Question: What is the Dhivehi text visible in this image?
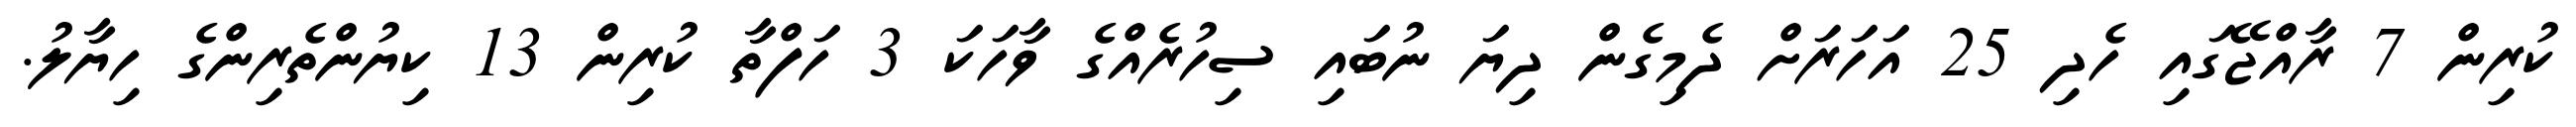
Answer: ކުރިން 7 ރާއްޖޭގައި ހެދި 25 އަހަރަށް ދެމިގެން ދިޔަ ނުބައި ސިހުރެއްގެ ވާހަކަ 3 ހަފްތާ ކުރިން 13 ކިޔުންތެރިންގެ ހިޔާލު.